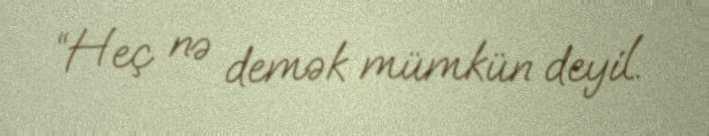
“Heç nə demək mümkün deyil.